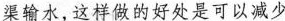
渠输水，这样做的好处是可以减少